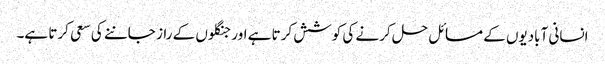
انسانی آبادیوں کے مسائل حل کرنے کی کوشش کرتا ہے اور جنگلوں کے راز جاننے کی سعی کرتا ہے۔